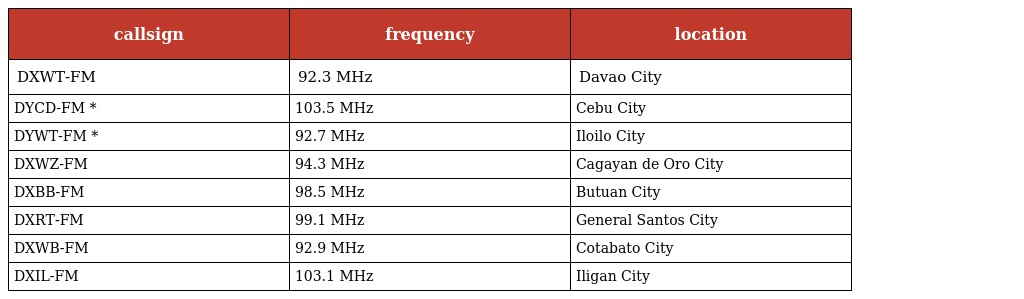
| callsign | frequency | location |
 | --- | --- | --- |
 | DXWT-FM | 92.3 MHz | Davao City |
 | DYCD-FM * | 103.5 MHz | Cebu City |
 | DYWT-FM * | 92.7 MHz | Iloilo City |
 | DXWZ-FM | 94.3 MHz | Cagayan de Oro City |
 | DXBB-FM | 98.5 MHz | Butuan City |
 | DXRT-FM | 99.1 MHz | General Santos City |
 | DXWB-FM | 92.9 MHz | Cotabato City |
 | DXIL-FM | 103.1 MHz | Iligan City |